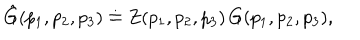
\hat { G } ( p _ { 1 } , p _ { 2 } , p _ { 3 } ) \doteq Z ( p _ { 1 } , p _ { 2 } , p _ { 3 } ) \, G ( p _ { 1 } , p _ { 2 } , p _ { 3 } ) ,